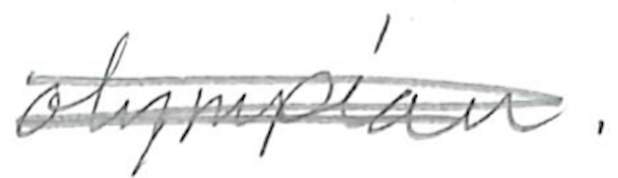
Text: Olympian.
Cross-out: scratch
Writing tool: pencil